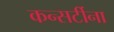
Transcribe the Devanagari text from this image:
कन्सर्टीना